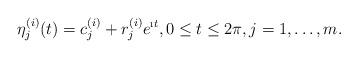
LaTeX: \begin{align*}\eta^{(i)}_j(t)=c^{(i)}_j+r^{(i)}_je^{\i t}, 0\le t\le 2\pi, j=1,\ldots,m.\end{align*}